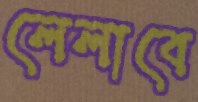
লেলাবে